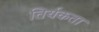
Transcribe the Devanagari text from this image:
तिर्यकता